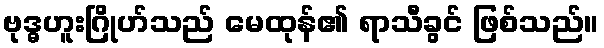
ဗုဒ္ဓဟူးဂြိုဟ်သည် မေထုန်၏ ရာသီခွင် ဖြစ်သည်။